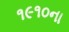
૧૯૧૦ના